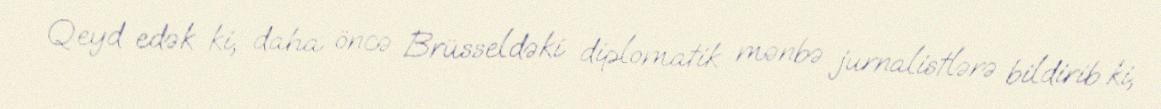
Qeyd edək ki, daha öncə Brüsseldəki diplomatik mənbə jurnalistlərə bildirib ki,